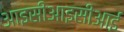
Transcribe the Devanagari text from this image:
आइसीआइसीआई